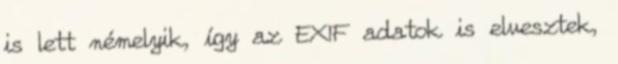
is lett némelyik, így az EXIF adatok is elvesztek,